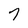
Character: 7